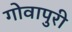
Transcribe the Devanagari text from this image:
गोवापुरी